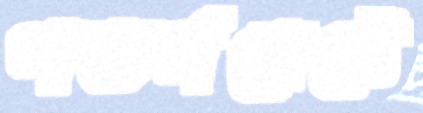
গভর্নমেন্টে